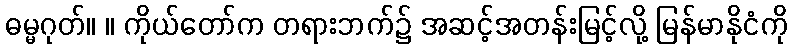
ဓမ္မဂုတ်။ ။ ကိုယ်တော်က တရားဘက်၌ အဆင့်အတန်းမြင့်လို့ မြန်မာနိုငံကို